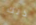
ذلك